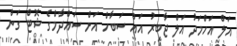
އަލް އަހްމަދު އަލް ޖާބިރު އައް ސަބާހް އަށް ސައްދާމްގެ ޝޮޓް ގަން